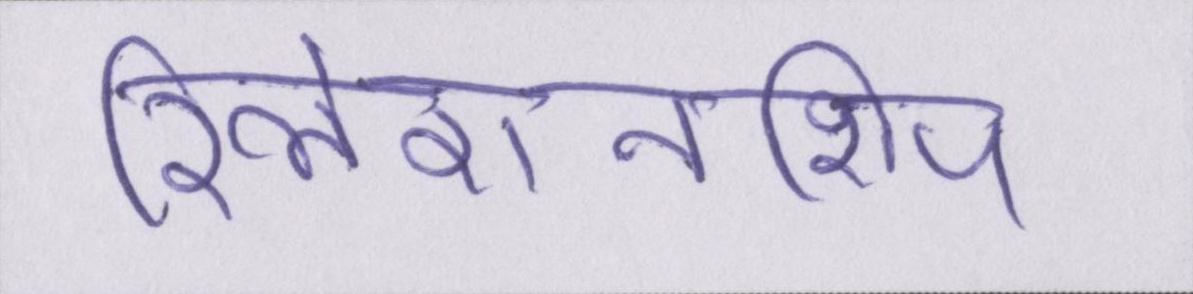
रिलेशनशिप